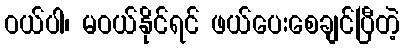
ဝယ်ပါ၊ မဝယ်နိုင်ရင် ဖယ်ပေးစေချင်ပြီတဲ့